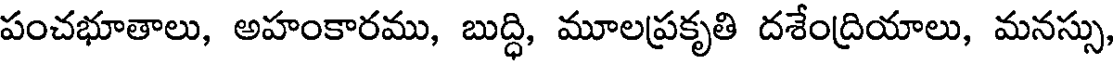
పంచభూతాలు, అహంకారము, బుద్ధి, మూలప్రకృతి దశేంద్రియాలు, మనస్సు,